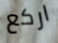
اركع